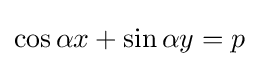
\cos \alpha x+\sin \alpha y=p